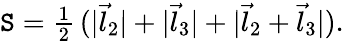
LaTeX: \mathtt{S}={\textstyle{\frac{{1}}{{2}}}}\, (|\vec{{l}}_{2}|+|\vec{{l}}_{3}|+|\vec{{l}}_{2}+\vec{{l}}_{3}|).